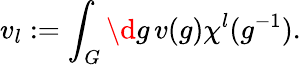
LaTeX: v_{l}:=\int_{G}\d g\, v(g)\chi^{l}(g^{-1}).